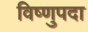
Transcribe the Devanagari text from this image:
विष्‍णुपदा